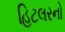
હિટલરનો